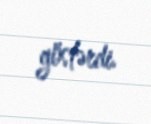
göstərdi.